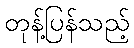
တုန့်ပြန်သည့်